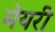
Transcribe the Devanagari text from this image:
मेयरी